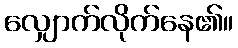
လျှောက်လိုက်နေ၏။